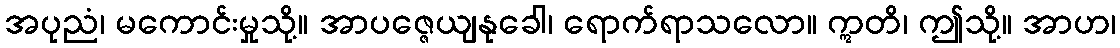
အပုညံ၊ မကောင်းမှုသို့။ အာပဇ္ဇေယျနုခေါ၊ ရောက်ရာသလော။ ဣတိ၊ ဤသို့။ အာဟ၊